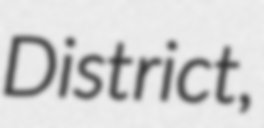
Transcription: District,